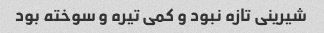
شیرینی تازه نبود و کمی تیره و سوخته بود